Scottish Leaving Certificate Examination, 1953
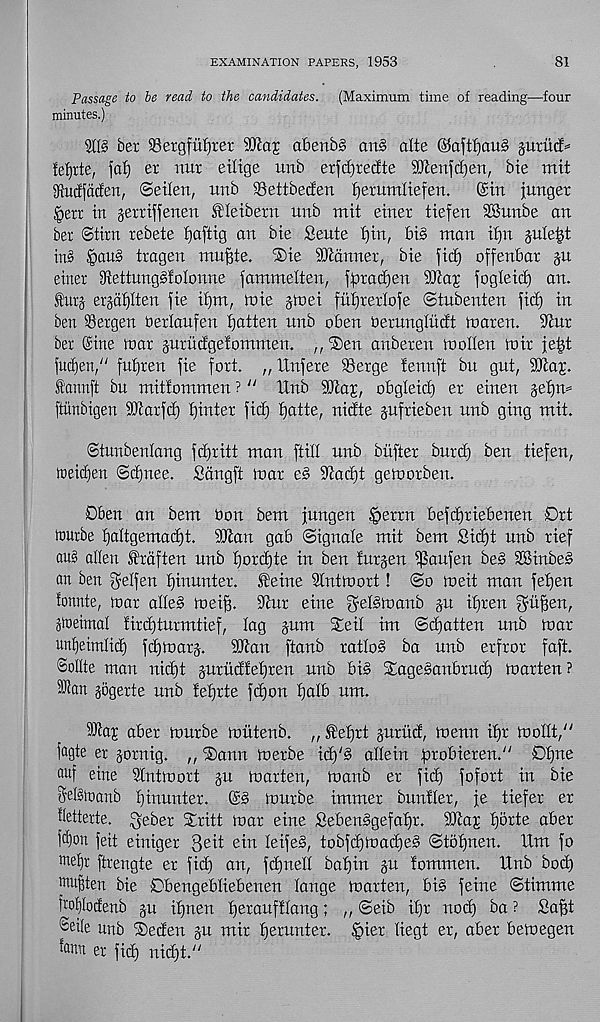
EXAMINATION PAPERS, 1953
81
Passage to be read to the candidates. (Maximum time of reading—four
minutes.)
ber ®etgfuf)ter
abenbg an§ alte ©aftf)au3 jurud=
fef)tte, fat) er nut eilige unb erfd)tecfte Tten^en, Me mit
Sffudfdcfen, ©etlen, unb SBettbecfen {jerumliefen.
@tn junger
<pett in getttjfenen Sleibetn unb mit einer tiefen SBunbe an
bet ©tint rebete fjaftig an bie Seute t)in, bi§ man itjn jute^t
ins §aus tragen mu^te. ®ie SUtdnnet, bie fid) offenbat ju
einer 3tettung§totonne fammelten, fptad)en iOtaj fogteid) an.
®urj ersafjlten fie i^m, toie gtnei futjretlofe ©tubenten fid) in
ben Bergen Derlaufen fatten unb oben betungludt maten. iJtut
ber Sine mat gurudgefommen. ,, ®en anbeten molten mit fe|t
fudjen," fuf)ten fie fort. „ XXnfere Serge fennft bu gut, Staj.
fannft bu mitfommen ? “ Unb Stax, obgteid) et einen §et)n=»
ftiinbigen SDiatfd) tjinter fid) fjatte, nidte pftieben unb ging mit.
©tunbentang fd)titt man ftitt unb btifier butd) ben tiefen,
meidjen ©djnee. Sdngft mat ed S'tadjt gemorben.
Oben an bent bon bem jungen tgertn befdjtiebenen Drt
rtmtbe tfattgemadjt. Stan gab ©ignate mit bem Sid)t unb tief
au§ alien f rdf ten unb f)ord)te in ben turjen tpaufen beg SBinbeg
an ben gelfen ^nuntet. £eine Slntmort! ©o meit man fet)en
tonnte, mar atte§ mei§. 9tur eine f^etemanb gu itjten Smfjen,
Srtteimal tirdjtutmtief, tag §um $eit im ©d)atten unb mat
unfjeimtid) fd)matj.
Stan ftanb ratios ba unb erftot faft.
©ottte man nid)t gutitdfetjten unb bio Sagesanbtud) marten ?
®an jogerte unb tetfrte fd)on t)atb um.
Sta;r abet murbe miitenb. „ SXetfrt juttid, menn if)t mottt, /y
fagte er §otnig. „ ®ann metbe id)'§ attein pxobiexen. 11 Df)ne
auf eine Stntmort §u marten, manb er fid) fofort in bie
tM&oaub tjinunter.
murbe immer buntter, je tiefer er
ttetterte. ^eber Slritt mar eine SebenSgefafjr. Sta^ t)5rte aber
fd)on feit einiger 3 e^ e^n teifeg, tobfd)mad)e£> ©totjnen. Um fo
wetir ftrengte er fid) an, fdjnett ba^in ju lommen. Unb bod)
wufden bie Obengebtiebenen tange marten, bi§ feme ©timme
fto|todenb ju ifjnen t)erauf!tang; ,, ©eib itjr nod) ba ? Sa^t
Seite unb ®eden ju mir t)erunter. ^)ier tiegt er, aber bemegen
famt er fid) nid)t. //